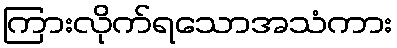
ကြားလိုက်ရသောအသံကား